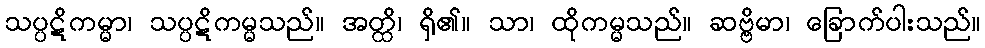
သပ္ပဋိကမ္မာ၊ သပ္ပဋိကမ္မသည်။ အတ္ထိ၊ ရှိ၏။ သာ၊ ထိုကမ္မသည်။ ဆဗ္ဗိမာ၊ ခြောက်ပါးသည်။